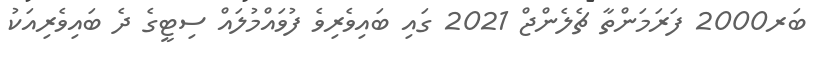
ބަރ2000 ފަރަމަންތާ ޗެލެންޖް 2021 ގައި ބައިވެރިވެ ފުވައްމުލައް ސިޓީގެ ދެ ބައިވެރިއަކު